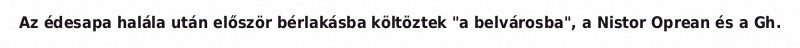
Az édesapa halála után először bérlakásba költöztek "a belvárosba", a Nistor Oprean és a Gh.